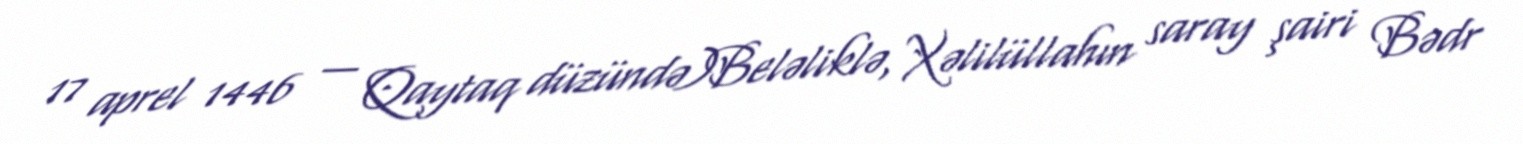
17 aprel 1446 — Qaytaq düzündə)Beləliklə, Xəlilüllahın saray şairi Bədr